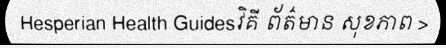
Hesperian Health Guidesវិគី ព័ត៌មាន សុខភាព >